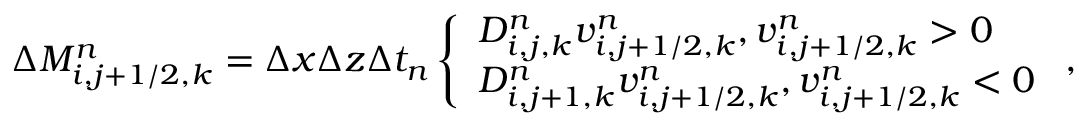
\begin{array} { r } { \Delta M _ { i , j + 1 / 2 , k } ^ { n } = \Delta x \Delta z \Delta t _ { n } \left\{ \begin{array} { l l } { D _ { i , j , k } ^ { n } v _ { i , j + 1 / 2 , k } ^ { n } , v _ { i , j + 1 / 2 , k } ^ { n } > 0 } \\ { D _ { i , j + 1 , k } ^ { n } v _ { i , j + 1 / 2 , k } ^ { n } , v _ { i , j + 1 / 2 , k } ^ { n } < 0 } \end{array} \right. , } \end{array}